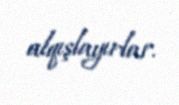
alqışlayırlar.